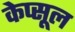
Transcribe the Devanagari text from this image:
केप्सूल